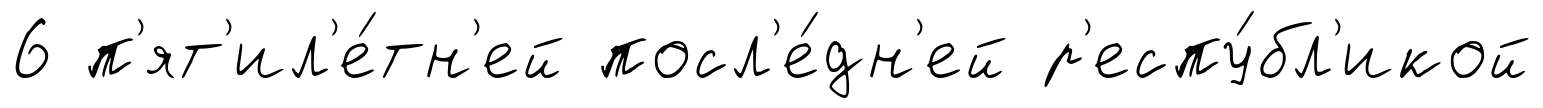
6 п'ят'ил'е́тн'ей посл'е́дн'ей р'еспу́бл'икой